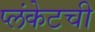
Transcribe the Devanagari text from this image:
प्लंकेटची